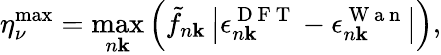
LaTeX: \eta_{\nu}^{\operatorname*{max}}=\operatorname*{max}_{n\mathbf{k}}\left(\tilde{f}_{n\mathbf{k}}\left|\epsilon_{n\mathbf{k}}^{\mathrm{~D~F~T~}}-\epsilon_{n\mathbf{k}}^{\mathrm{~W~a~n~}}\right|\right),